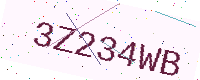
Text: 3Z234WB